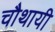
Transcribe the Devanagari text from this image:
चौथायी